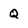
Character: Q